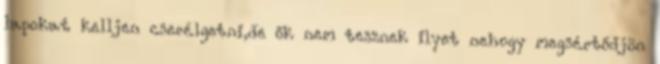
lapokat kelljen cserélgetni,de ők nem tesznek ilyet nehogy megsértődjön